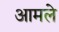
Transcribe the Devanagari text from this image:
आमले